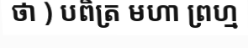
ថា ) បពិត្រ មហា ព្រហ្ម